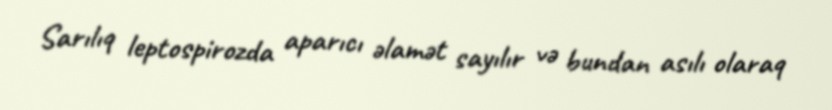
Sarılıq leptospirozda aparıcı əlamət sayılır və bundan asılı olaraq